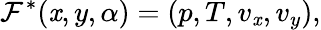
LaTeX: \mathcal{F}^{*}(\mathit{x},y,\alpha)=(p,T,v_{\mathit{x}},v_{y}),